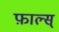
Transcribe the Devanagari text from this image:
फ़ाल्स्